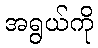
အရွယ်ကို